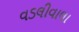
વડલીવાલા